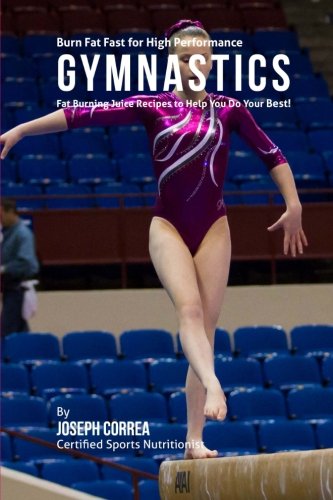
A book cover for Burn Fat Fast for High Performance Gymnastics: Fat Burning Juice Recipes to Help You Do Your Best!; Joseph Correa (Certified Sports Nutritionist); Sports & Outdoors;